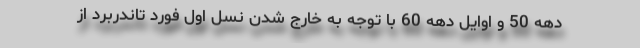
دهه 50 و اوایل دهه 60 با توجه به خارج شدن نسل اول فورد تاندربرد از